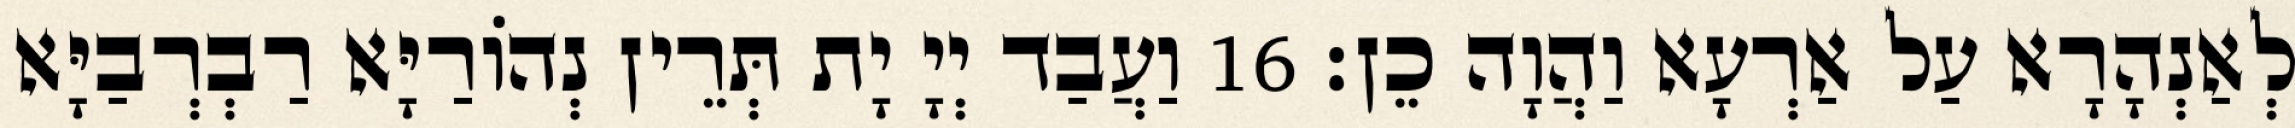
לְאַנְהָרָא עַל אַרְעָא וַהֲוָה כֵן׃ 16 וַעֲבַד יְיָ יָת תְּרֵין נְהוֹרַיָּא רַבְרְבַיָּא